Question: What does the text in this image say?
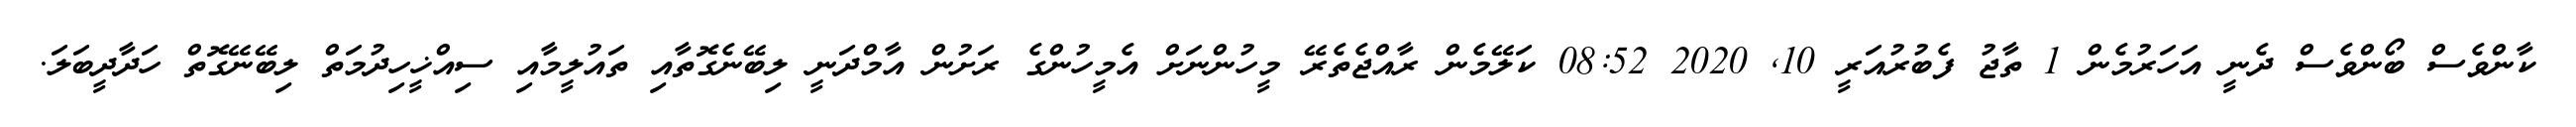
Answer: ކާންވެސް ބޯންވެސް ދެނީ އަހަރުމެން 1 ތާޖު ފެބުރުއަރީ 10, 2020 08:52 ކަލޭމެން ރާއްޖެތެރޭ މީހުންނަށް އެމީހުންގެ ރަށުން އާމްދަނީ ލިބޭނެގޮތާއި ތައުލީމާއި ސިއްޚީހިދުމަތް ލިބޭނޭގޮތް ހަދާދީބަލަ.